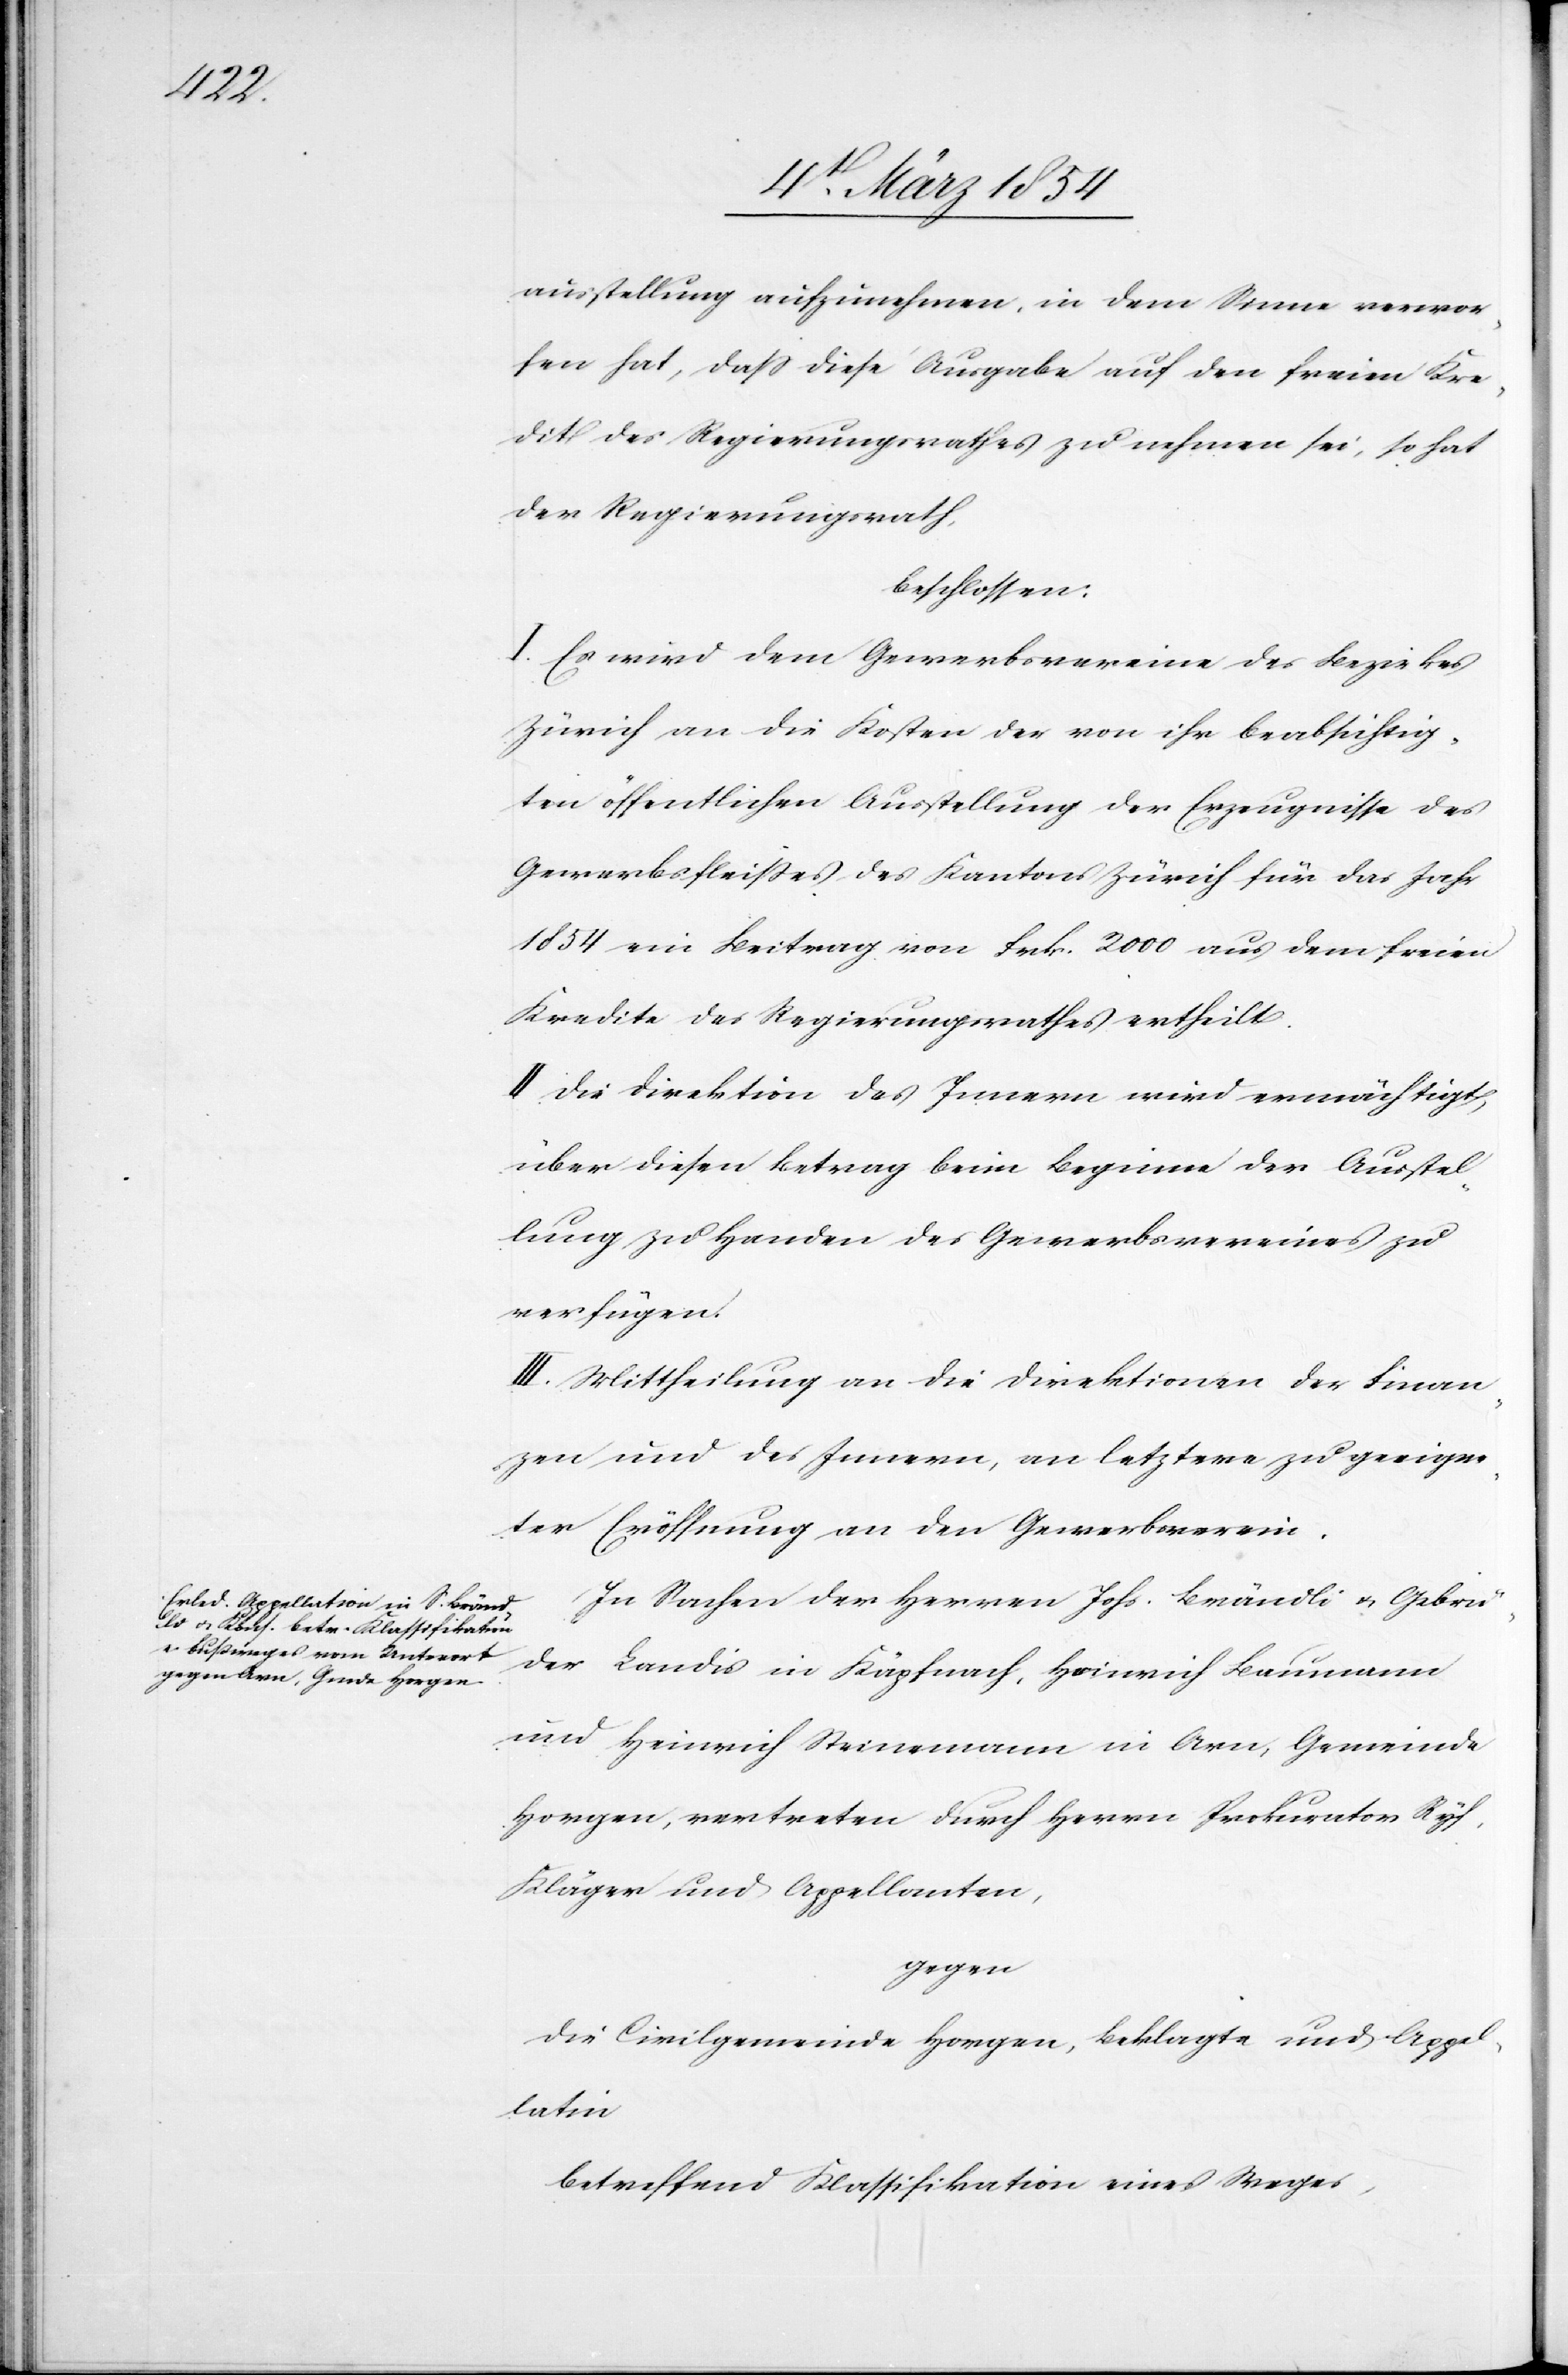
ausstellung aufzunehmen, in dem Sinne verwor¬
fen hat, daß diese Ausgabe auf den freien Kre¬
dit des Regierungsrathes zu nehmen sei, so hat
der Regierungsrath,
beschlossen:
I. Es wird dem Gewerbsvereine des Bezirkes
Zürich an die Kosten der von ihr beabsichtig¬
en öffentlichen Ausstellung der Erzeugnisse des
Gewerbsfleißes des Kantons Zürich für das Jahr
1854 ein Beitrag von Frk. 2000 aus dem freien
Kredite des Regierungsrathes ertheilt.
II. Die Direktion des Innern wird ermächtigt,
über diesen Betrag beim Beginne der Ausstel¬
lung zu Handen des Gewerbsvereines zu
verfügen.
III. Mittheilung an die Direktionen der Finan¬
zen und des Innern, an letztere zu geeigne¬
ter Eröffnung an den Gewerbsverein.
In Sachen der Herren Johs. Brändli u. Gebrü¬
der Landis in Käpfnach, Heinrich Baumann
und Heinrich Steinemann in Arn, Gemeinde
Horgen, vertreten durch Herrn Prokurator Ryf,
Kläger und Appellanten,
gegen
die Civilgemeinde Horgen, Beklagte und Appel¬
latin
betreffend Klassifikation eines Weges,